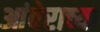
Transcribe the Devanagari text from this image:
आंबेराच्या